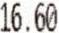
16.60